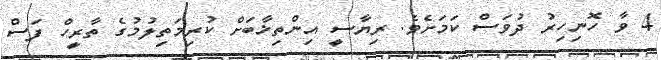
4 ވާ ހޮނިހިރު ދުވަސް ކަމަށެވެ. ރިޔާސީ އިންތިޚާބަށް ކުރިމަތިލުމުގެ ތާރީހް ފަސް